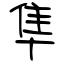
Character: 隼